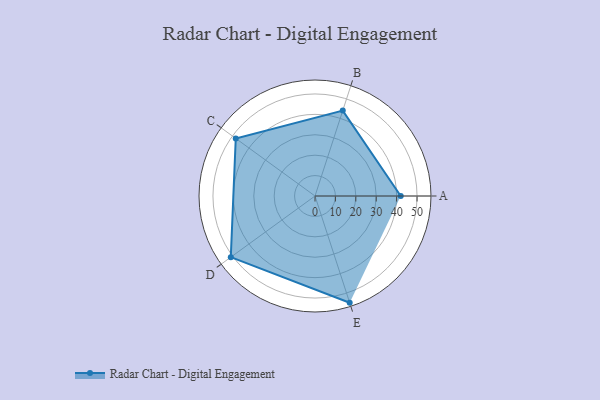
{"axis": {"x": "Skill", "y": "Score"}, "legend": ["Profile"], "data": [{"x": "A", "y": 42.0, "type": "Profile"}, {"x": "B", "y": 44.0, "type": "Profile"}, {"x": "C", "y": 48.0, "type": "Profile"}, {"x": "D", "y": 51.0, "type": "Profile"}, {"x": "E", "y": 55.0, "type": "Profile"}]}